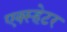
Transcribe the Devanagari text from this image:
एक्स्हेटर